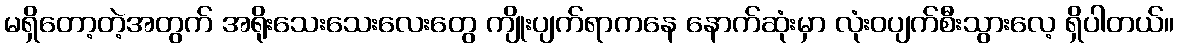
မရှိတော့တဲ့အတွက် အရိုးသေးသေးလေးတွေ ကျိုးပျက်ရာကနေ နောက်ဆုံးမှာ လုံးဝပျက်စီးသွားလေ့ ရှိပါတယ်။